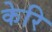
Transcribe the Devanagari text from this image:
केरि